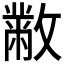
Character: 𣀅